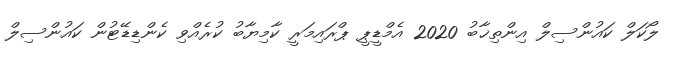
ލޯކަލް ކައުންސިލް އިންތިޚާބު 2020 އެމްޑީޕީ ޕްރައިމަރީ ކާމިޔާބު ކުރެއްވި ކެންޑިޑޭޓުން ކައުންސިލް